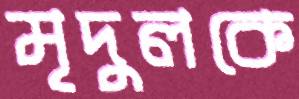
মৃদুলকে